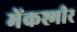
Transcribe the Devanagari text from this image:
मेंकश्मीर